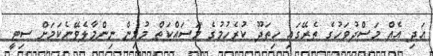
އަދި އެއް މަސްދުވަހުގެ ތެރޭގައި ހިތަދޫ ކުރެހުމުގެ މަސައްކަތް މުޅިން ނިންމާލެވޭނެކަމަށް ސިޓީ